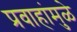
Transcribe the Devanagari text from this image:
प्रवाहांमुळे